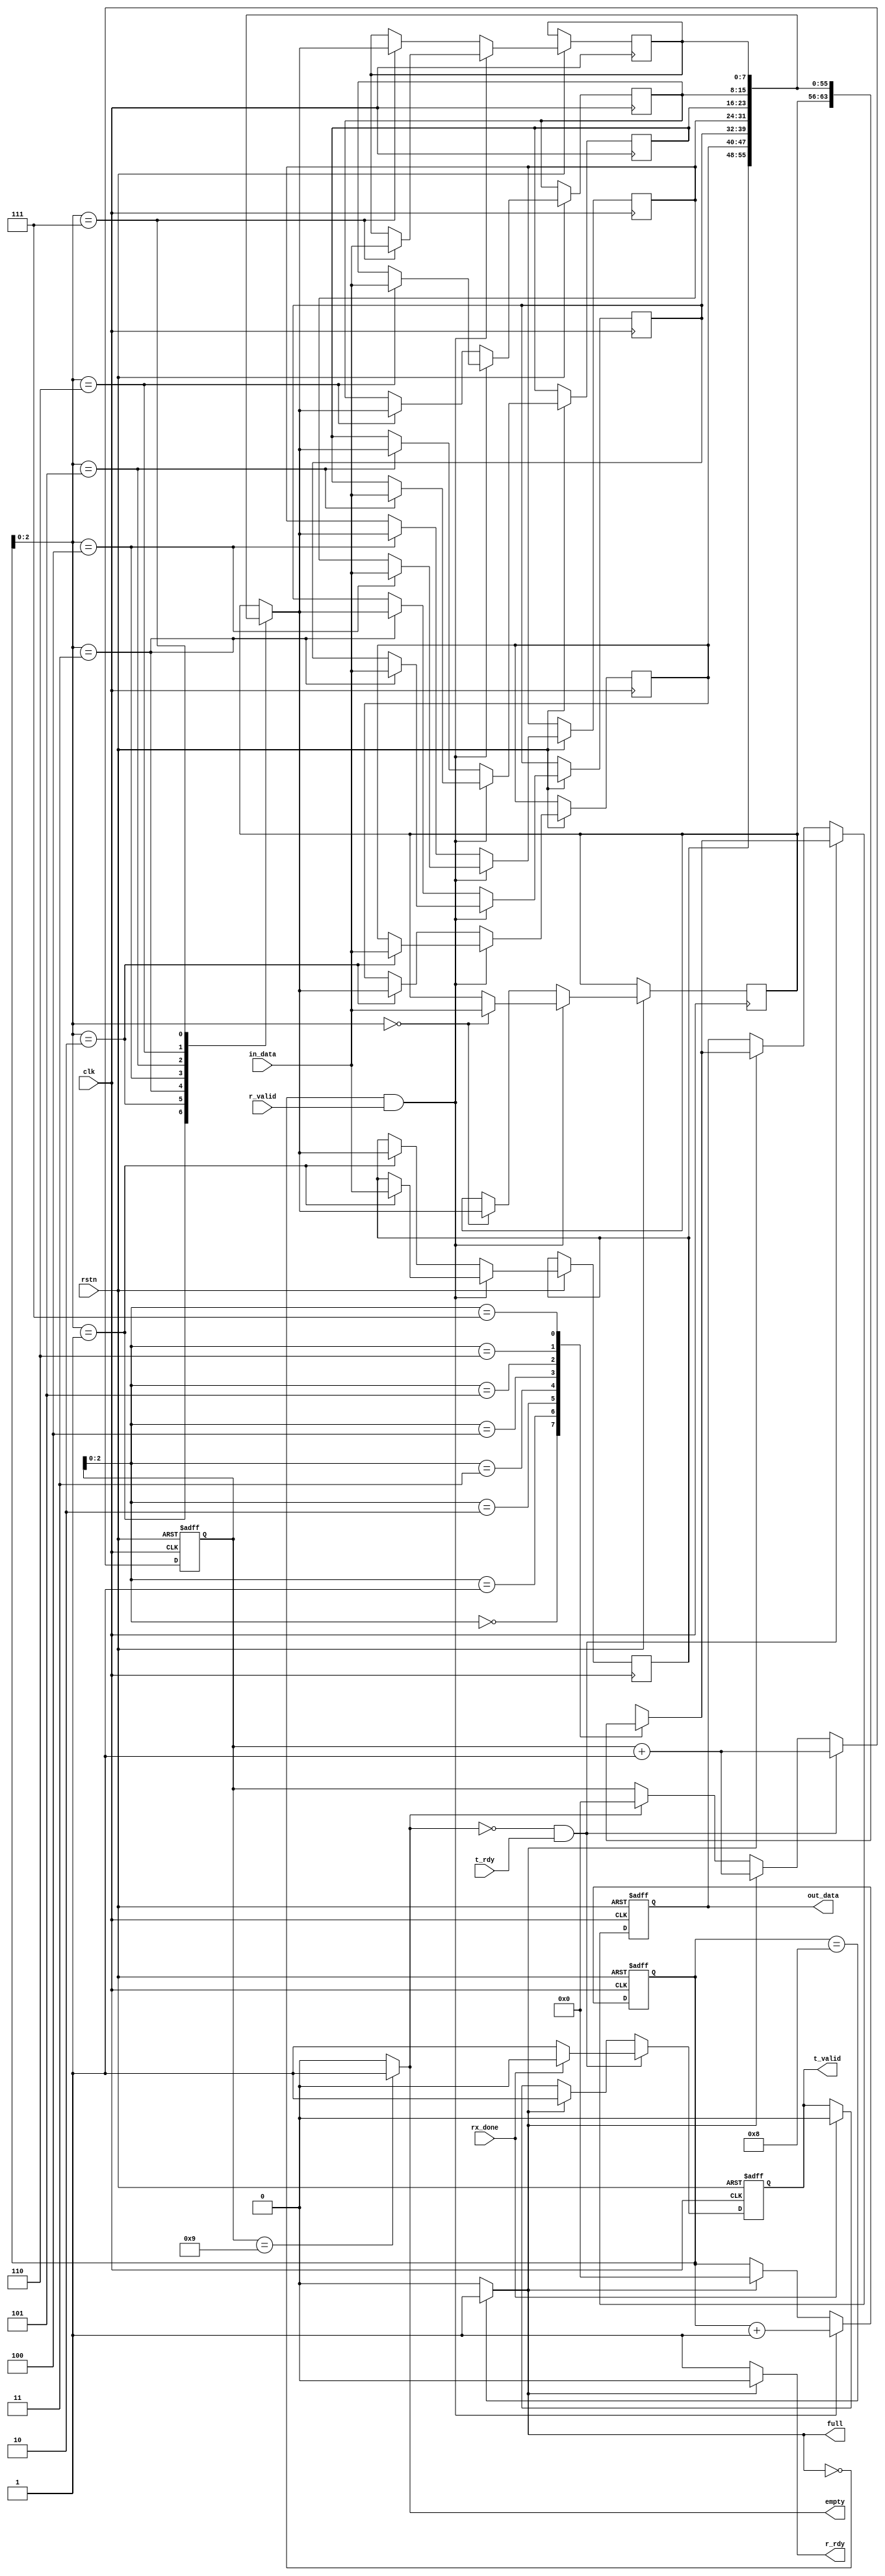
`timescale 1ns / 1ps

module mem8x8
(
    input               clk, 
    input               rstn,    
    input               r_valid,             
    input        [7:0]  in_data,                   
    input               t_rdy,
    input               rx_done,
    output              empty, 
    output              full,            
    output              r_rdy,
    output  reg         t_valid,     
    output  reg [7:0]   out_data    
); 

    reg [3:0]   t_cnt;
    reg [3:0]   r_cnt;      
    reg [7:0]   mem [0:7];   
    
    assign empty    = (t_cnt==4'h9)? 1'b1:1'b0;   
    assign full     = (r_cnt==4'h8)? 1'b1:1'b0;
    assign r_rdy    = (!full)? 1'b1:1'b0; 

    always @ (posedge clk or negedge rstn) begin 
        if (!rstn)   begin
            r_cnt <= 4'h0;
            t_cnt <= 4'h0;
        end
        else begin
        // receive
            if (~full && r_valid) begin
               r_cnt <= r_cnt + 1;
            end                    
            else if (full) begin
                r_cnt <= 0;
            end
        // transmit
            if (~empty && t_rdy) begin
               t_cnt <= t_cnt + 1;
            end
            else if( full) begin
                t_cnt <= t_cnt + 1;
            end                    
            else if (empty) begin
                t_cnt <= 0;
            end                                                               
        end
     end
    
    // receive
    always @ (posedge clk or negedge rstn) begin 
        if (!rstn)   begin
        end
        else begin
            if (r_valid && ~full) begin
                mem[r_cnt] <= in_data;
            end
            else begin
                mem[r_cnt] <= mem[r_cnt];
            end                                                   
        end
     end

    // transmit
    always @ (posedge clk or negedge rstn) begin
        if (!rstn)   begin
            out_data <= {8{1'b0}}; 
            t_valid <= 1'b0;                   
        end
        else begin                      
            if (~empty && t_rdy) begin
                out_data <= mem[t_cnt];
                
                if (rx_done)
                    t_valid <= 0;
                else
                    t_valid <= 1;
            end
            else begin
                if (full) begin
                    out_data <= mem[t_cnt];
                    t_valid <= 1;
                end
                else begin
                    out_data <= out_data;
                    if (rx_done)
                        t_valid <= 0;
                end
            end
        end
    end
    

endmodule